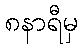
၈နာရီမှ